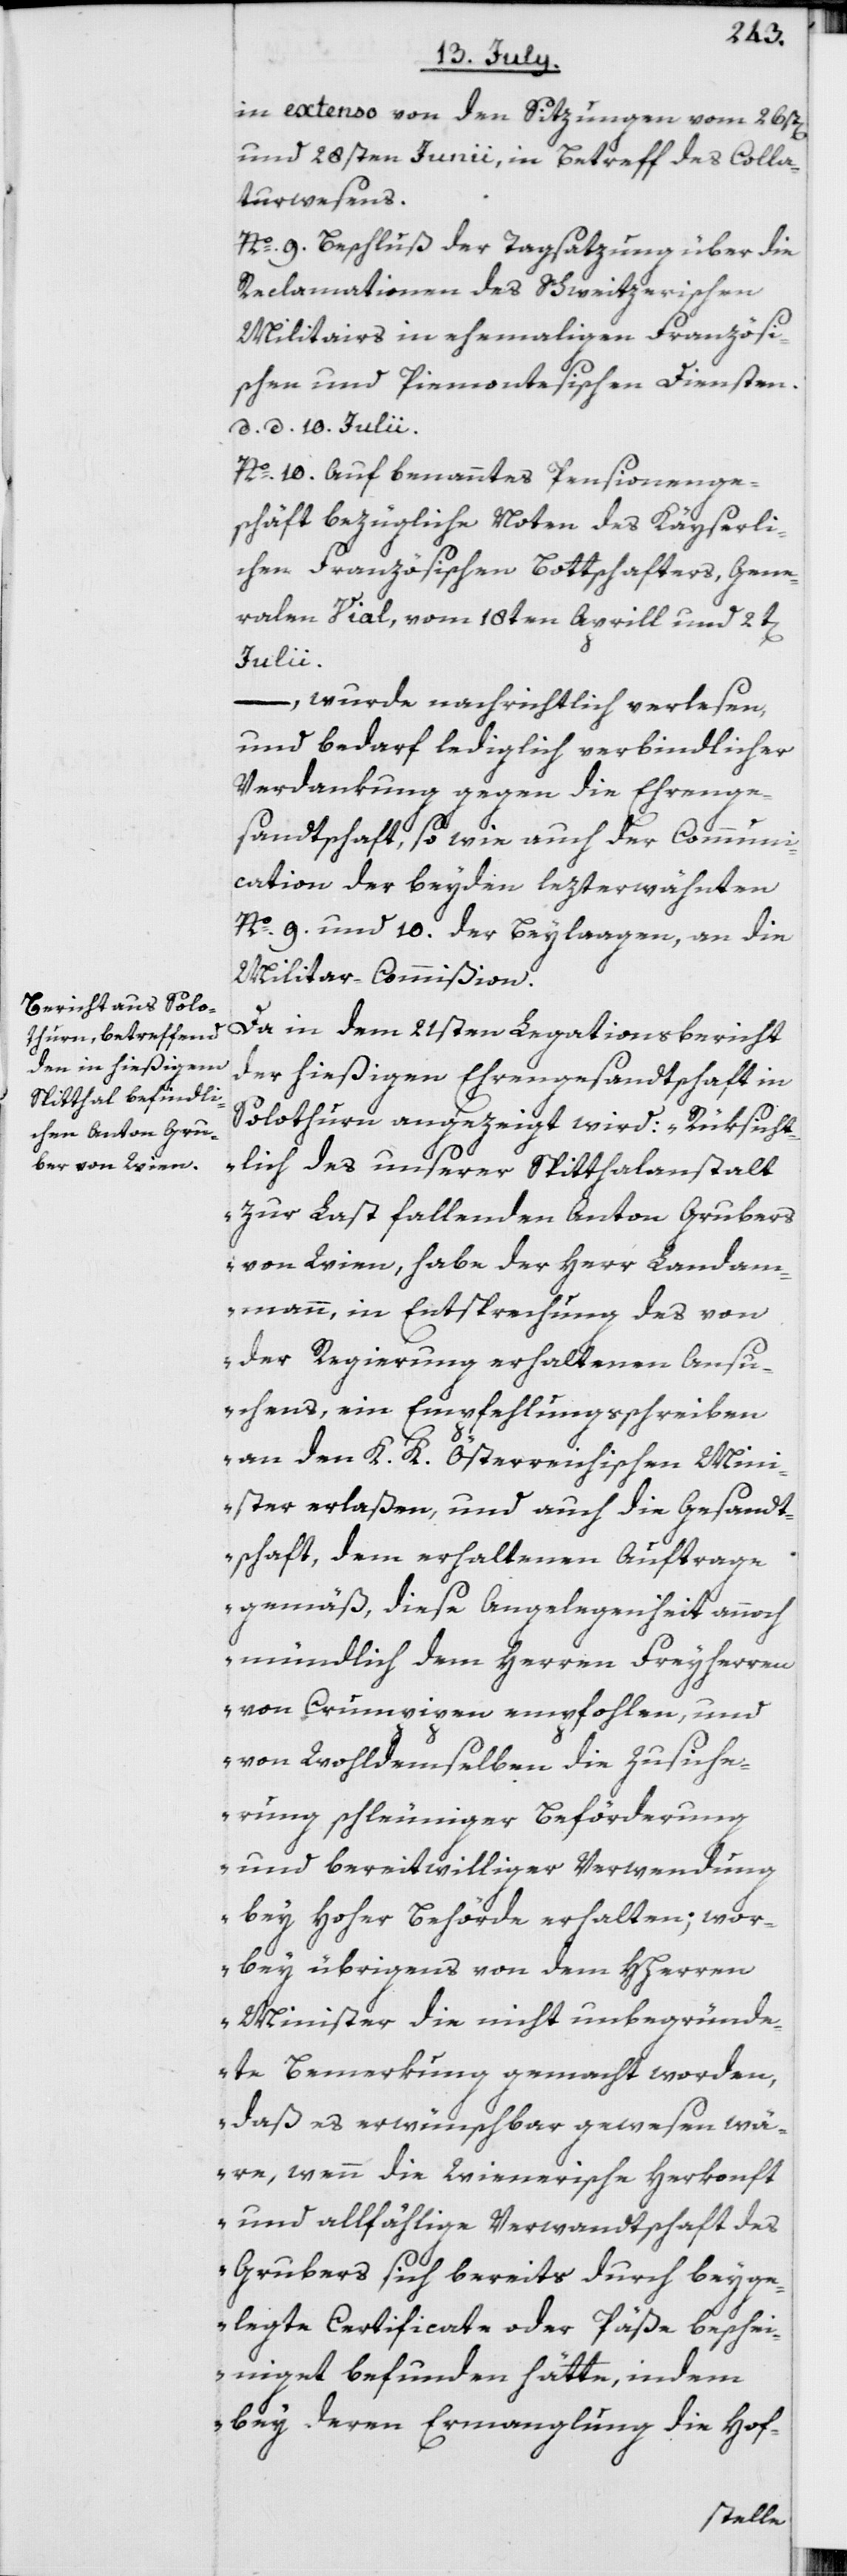
in extenso von den Sitzungen vom 26st[en]
und 28sten Junii, in Betreff des Colla¬
turwesens.
No. 9. Beschluß der Tagsatzung über die
Reclamationen des Schweitzerischen
Militairs in ehemaligen Französi¬
schen und Piemontesischen Diensten.
d. d. 10. Julii.
No. 10. Auf benanntes Pensionenge¬
schäft bezügliche Noten des Kayserli¬
chen Französischen Bottschafters, Gene¬
ralen Vial, vom 18ten Aprill und 2t[en]
Julii.
–, wurde nachrichtlich verlesen,
und bedarf lediglich verbindlicher
Verdankung gegen die Ehrenge¬
sandtschaft, so wie auch der Communi¬
cation der beyden lezterwähnten
No. 9. und 10. der Beylaagen, an die
Militar-Commißion.
Da in dem 21sten Legationsbericht
der hießigen Ehrengesandtschaft in
Solothurn angezeigt wird: „Rüksicht¬
lich des unserer Spitthalanstalt
zur Last fallenden Anton Grubers
von Wien, habe der Herr Landam¬
mann, in Entsprechnung des von
der Regierung erhaltenen Ansu¬
chens, ein Empfehlungsschreiben
an den K. K. Österreichischen Min¬
ister erlaßen, und auch die Gesandt¬
schaft, dem erhaltenen Auftrage
gemäß, diese Angelegenheit annoch
mündlich dem Herren Freyherren
von Crumpipen empfohlen, und
von Wohldemselben die Zusiche¬
rung schleuniger Beförderung
und bereitwilliger Verwendung
bey Hoher Behörde erhalten; wor¬
bey übrigens von dem HHerren
Minister die nicht unbegründe¬
te Bemerkung gemacht worden,
daß es erwünschbar gewesen wä¬
re, wenn die Wienerische Herkonft
und allfählige Verwandtschaft des
Grubers sich bereits durch beyge¬
legte Certificate oder Päße beschei¬
niget befunden hätte, indem
bey deren Ermanglung die Hof-